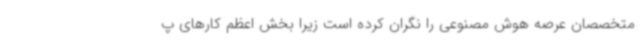
متخصصان عرصه هوش‌ مصنوعی را نگران کرده است زیرا بخش اعظم کارهای پ